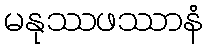
မနုဿဖဿာနံ